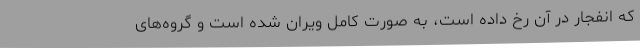
که انفجار در آن رخ داده است، به صورت کامل ویران شده است و گروه‌های